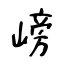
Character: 嵭